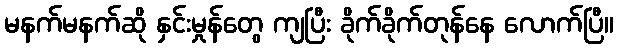
မနက်မနက်ဆို နှင်းမှုန်တွေ ကျပြီး ခိုက်ခိုက်တုန်နေ လောက်ပြီ။